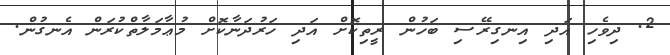
2. ދިވެހި އަދި އިނގިރޭސި ބަހުން ރީތިކޮށް އަދި ހަރުދަނާކޮށް މުޢާމަލާތްކުރަން އެނގުން.